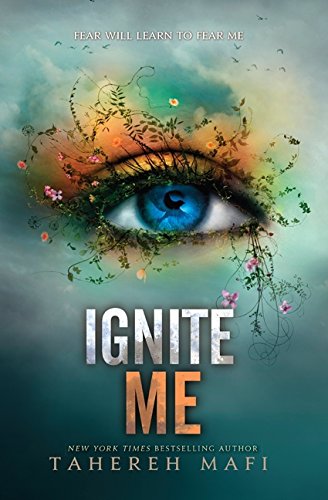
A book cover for Ignite Me (Shatter Me); Tahereh Mafi; Teen & Young Adult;